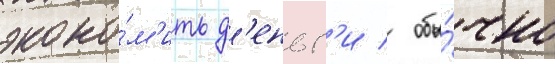
эконо́м'ить д'еньг'и / обы́чно